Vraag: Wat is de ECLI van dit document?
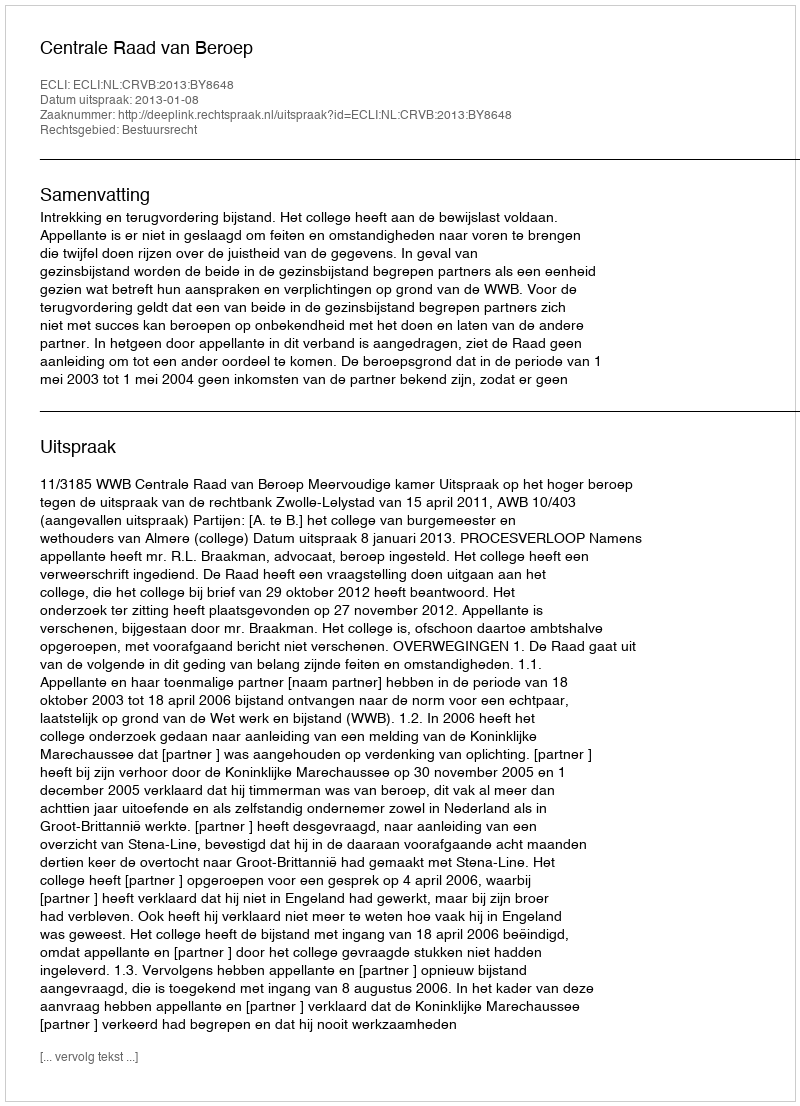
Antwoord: ECLI:NL:CRVB:2013:BY8648